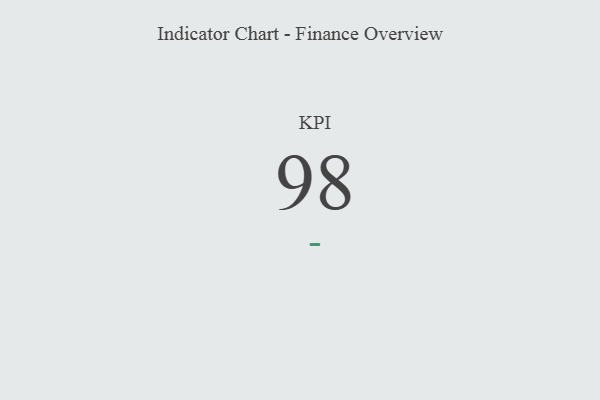
{"axis": {"x": "KPI", "y": "Value"}, "legend": [""], "data": [{"x": "KPI", "y": 98, "type": ""}]}